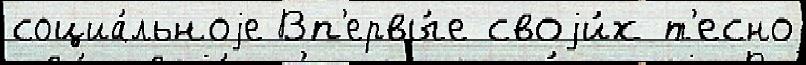
социа́льноjе Вп'ервы́е своjи́х т'есно